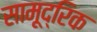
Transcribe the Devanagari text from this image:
सामूद्रिक